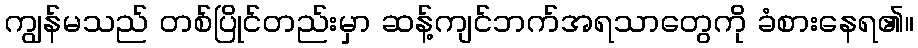
ကျွန်မသည် တစ်ပြိုင်တည်းမှာ ဆန့်ကျင်ဘက်အရသာတွေကို ခံစားနေရ၏။